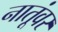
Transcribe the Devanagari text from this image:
नातूंवर